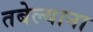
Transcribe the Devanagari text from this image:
तबेल्याना